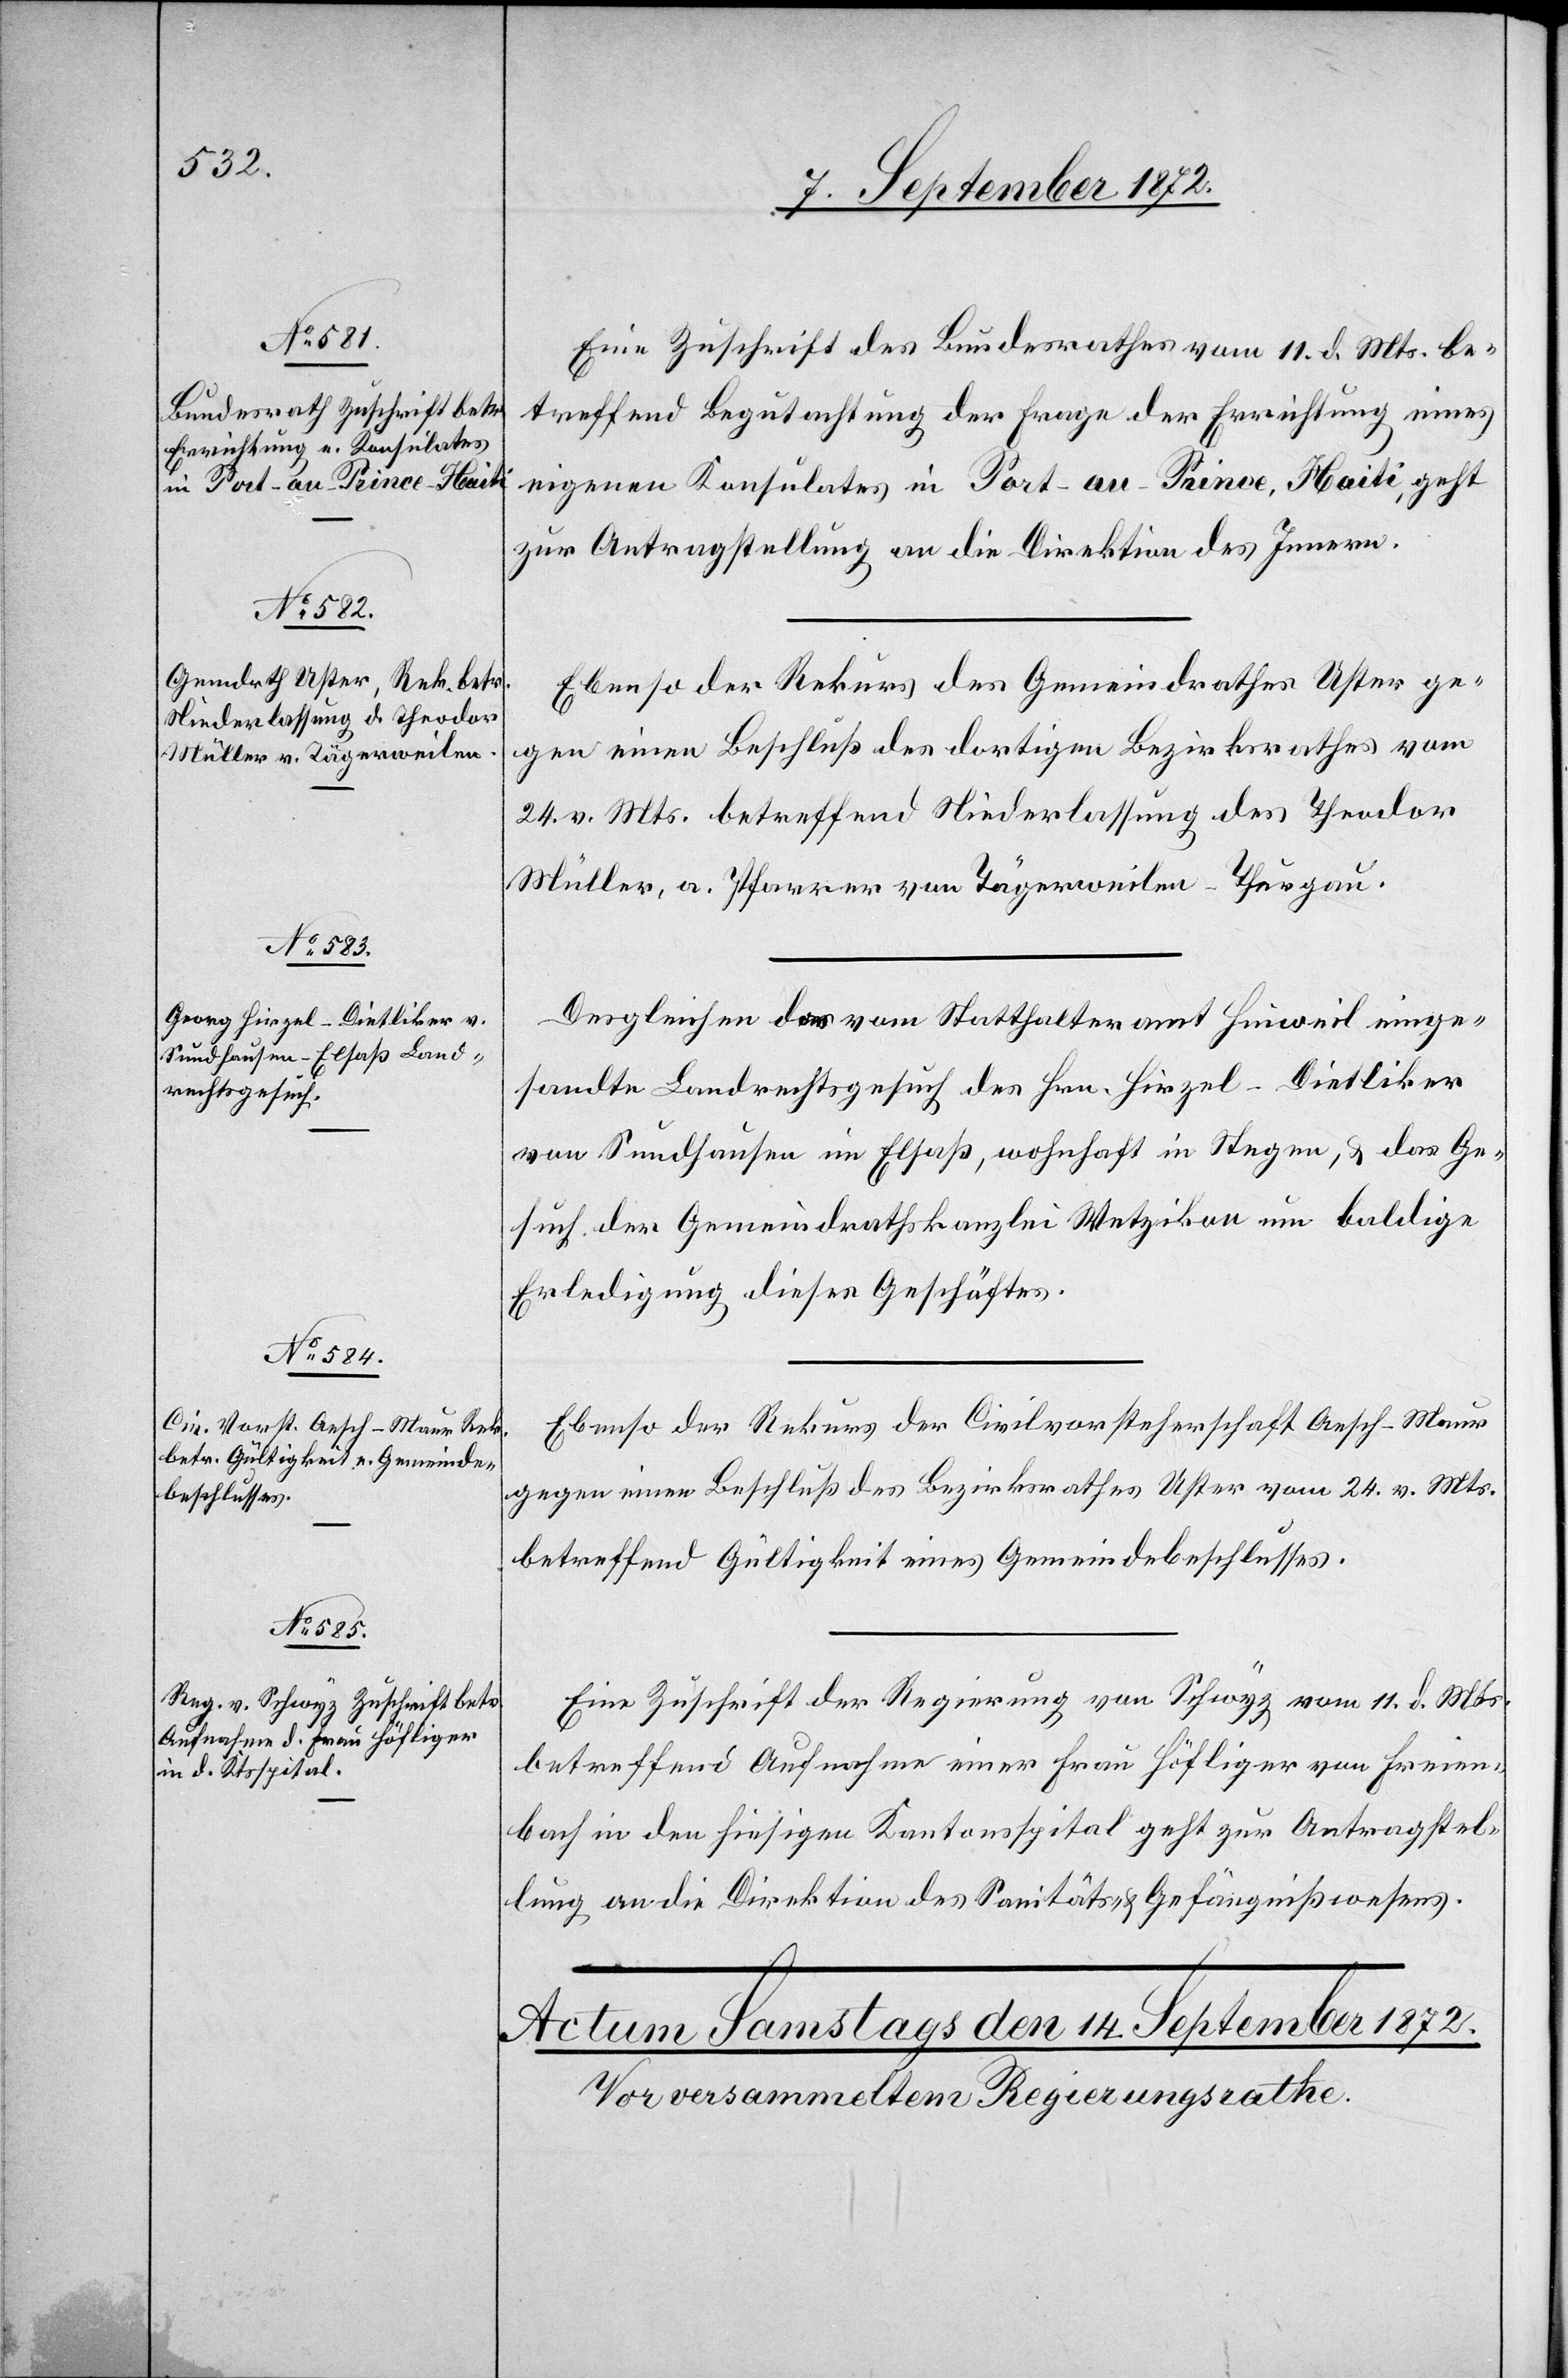
13. September 1872.]
Eine Zuschrift des Bundesrathes vom 11. d. Mts. be¬
treffend Begutachtung der Frage der Errichtung eines
eigenen Konsulates in Port-au-Prince, Haiti, geht
zur Antragstellung an die Direktion des Innern.
Ebenso der Rekurs des Gemeindrathes Uster ge¬
gen einen Beschluß des dortigen Bezirksrathes vom
24. v. Mts. betreffend Niederlassung des Theodor
Müller, a. Pfarrer von Tägerweilen-Thurgau.
Desgleichen das vom Statthalteramt Hinweil einge¬
sandte Landrechtsgesuch des Hrn. Hirzel-Dietliker
von Sundhausen im Elsaß, wohnhaft in Stegen, u. das Ge¬
such der Gemeindrathskanzlei Wetzikon um baldige
Erledigung dieses Geschäftes.
Ebenso der Rekurs der Civilvorsteherschaft Aesch-Maur
gegen einen Beschluß des Bezirksrathes Uster vom 24. v. Mts.
betreffend Gültigkeit eines Gemeindebeschlusses.
Eine Zuschrift der Regierung von Schwyz vom 11. d. Mts.
betreffend Aufnahme einer Frau Höfliger von Freien¬
bach in den hiesigen Kantonsspital geht zur Antragstel¬
lung an die Direktion des Sanitäts- u. Gefängnißwesens.